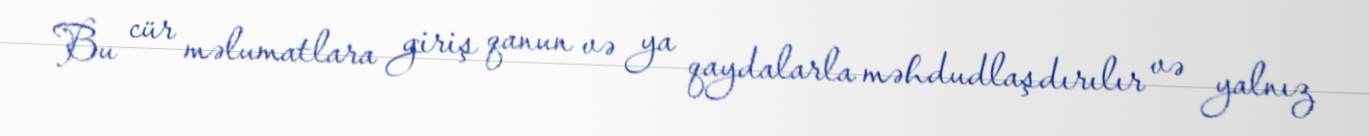
Bu cür məlumatlara giriş qanun və ya qaydalarla məhdudlaşdırılır və yalnız